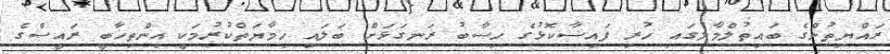
ރައްޔިތުންގެ ބައިތުލްމާލުގައި ހުރި ފައިސާކޮޅުގެ ހިސާބު ރަނގަޅަށް ބަލައި ހިމާޔަތްކުރުމަކީ އިންތިޚާބީ ރައީސްގެ